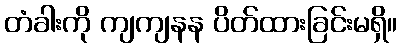
တံခါးကို ကျကျနန ပိတ်ထားခြင်းမရှိ။